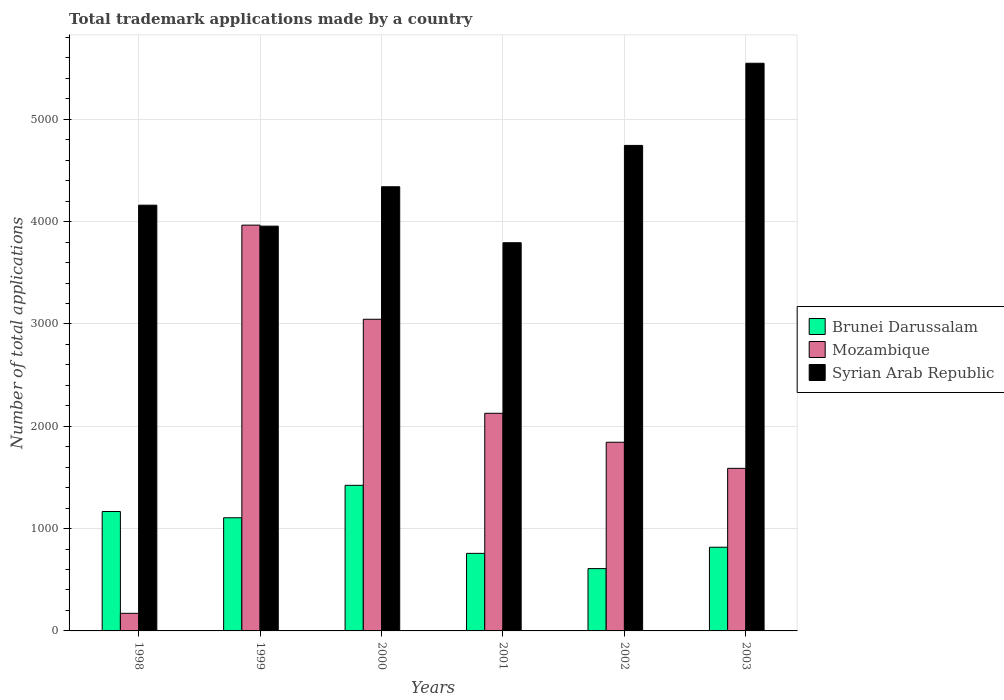
| Years | Brunei Darussalam | Mozambique | Syrian Arab Republic |
 | --- | --- | --- | --- |
 | 1998 | 1.17e+03 | 172 | 4.16e+03 |
 | 1999 | 1.11e+03 | 3.97e+03 | 3.96e+03 |
 | 2000 | 1.42e+03 | 3.05e+03 | 4.34e+03 |
 | 2001 | 758 | 2.13e+03 | 3.79e+03 |
 | 2002 | 609 | 1.84e+03 | 4.74e+03 |
 | 2003 | 818 | 1.59e+03 | 5.55e+03 |